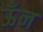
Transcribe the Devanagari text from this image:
ऊँन